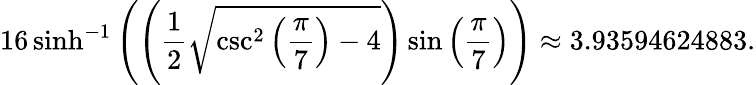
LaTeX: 16\sinh^{-1}\left(\left({\frac{1}{2}}{\sqrt{\csc^{2}\left({\frac{\pi}{7}}\right)-4}}\right)\sin\left({\frac{\pi}{7}}\right)\right)\approx 3.93594624883.